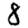
Digit: 8